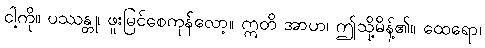
ငါ့ကို။ ပဿန္တု၊ ဖူးမြင်စေကုန်လော့။ ဣတိ အာဟ၊ ဤသို့မိန့်၏။ ထေရော၊